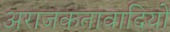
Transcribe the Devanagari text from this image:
अराजकतावादियों